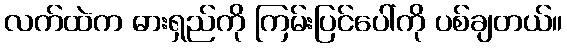
လက်ထဲက ဓားရှည်ကို ကြမ်းပြင်ပေါ်ကို ပစ်ချတယ်။